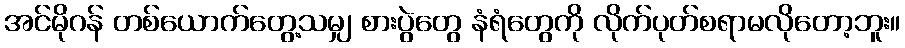
အင်မိုဂန် တစ်ယောက်တွေ့သမျှ စားပွဲတွေ နံရံတွေကို လိုက်ပုတ်စရာမလိုတော့ဘူး။